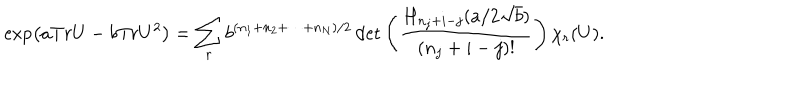
\exp \left( a T r U - b T r U ^ { 2 } \right) = \sum _ { r } b ^ { ( n _ { 1 } + n _ { 2 } + \cdots + n _ { N } ) / 2 } \det \left( \frac { H _ { n _ { j } + i - j } ( a / 2 \sqrt { b } ) } { ( n _ { j } + i - j ) ! } \right) \chi _ { r } ( U ) .